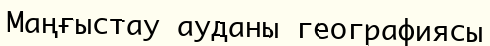
Маңғыстау ауданы географиясы